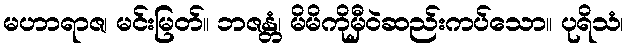
မဟာရာဇ၊ မင်းမြတ်။ ဘဇန္တံ၊ မိမိကိုမှီဝဲဆည်းကပ်သော။ ပုရိသံ၊